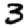
Digit: 3